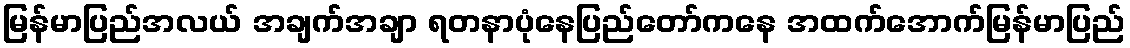
မြန်မာပြည်အလယ် အချက်အချာ ရတနာပုံနေပြည်တော်ကနေ အထက်အောက်မြန်မာပြည်